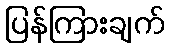
ပြန်ကြားချက်